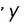
Character: Y